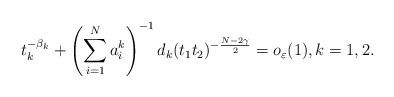
\begin{align*}t_k^{-\beta_k} + \left(\displaystyle\sum_{i = 1}^N a_i^k\right)^{-1}d_k(t_1t_2)^{-\frac{N - 2\gamma}{2}} = o_{\varepsilon}(1), k = 1, 2.\end{align*}